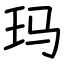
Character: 玛